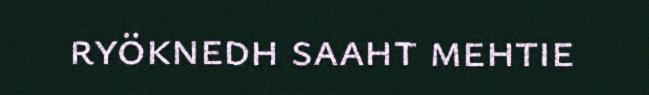
ryöknedh saaht mehtie